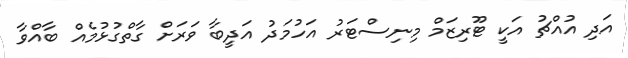
އަދި އުއްޗު އަކީ ޓޫރިޒަމް މިނިސްޓަރު އަހުމަދު އަދީބާ ވަރަށް ގާތްގުޅުމެއް ބާއްވާ